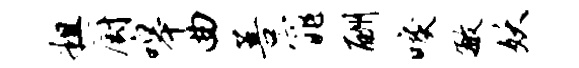
粗厨嗥曲菩窕酬唳敏妖